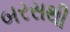
બરસથી